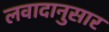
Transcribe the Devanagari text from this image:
लवादानुसार